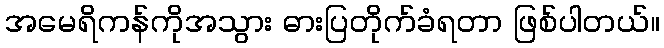
အမေရိကန်ကိုအသွား ဓားပြတိုက်ခံရတာ ဖြစ်ပါတယ်။